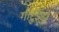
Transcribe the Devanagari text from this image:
गीर्ट्रुइडा